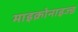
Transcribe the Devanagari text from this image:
माइक्रोनाइज्ड